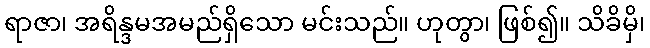
ရာဇာ၊ အရိန္ဒမအမည်ရှိသော မင်းသည်။ ဟုတွာ၊ ဖြစ်၍။ သိခိမှိ၊